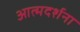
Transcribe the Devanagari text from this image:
आत्मदर्शना